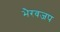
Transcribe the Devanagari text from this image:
भैरवजप